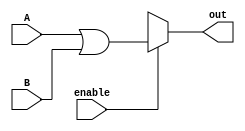
module oring(output reg out, input [3:0] A,B, input enable);
always@(enable,A,B)
    begin
        out = 1'bx;
        if (enable)
            out = A||B;
    end
endmodule